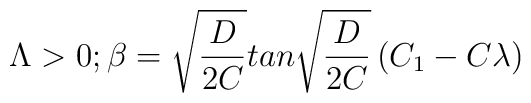
\Lambda > 0 \vspace{.2in}; \vspace{.2in}\beta = \sqrt{\frac{D}{2C}}tan\sqrt{\frac{D}{2C}}\left ( C_1-C\lambda\right )